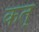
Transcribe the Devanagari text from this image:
कत्